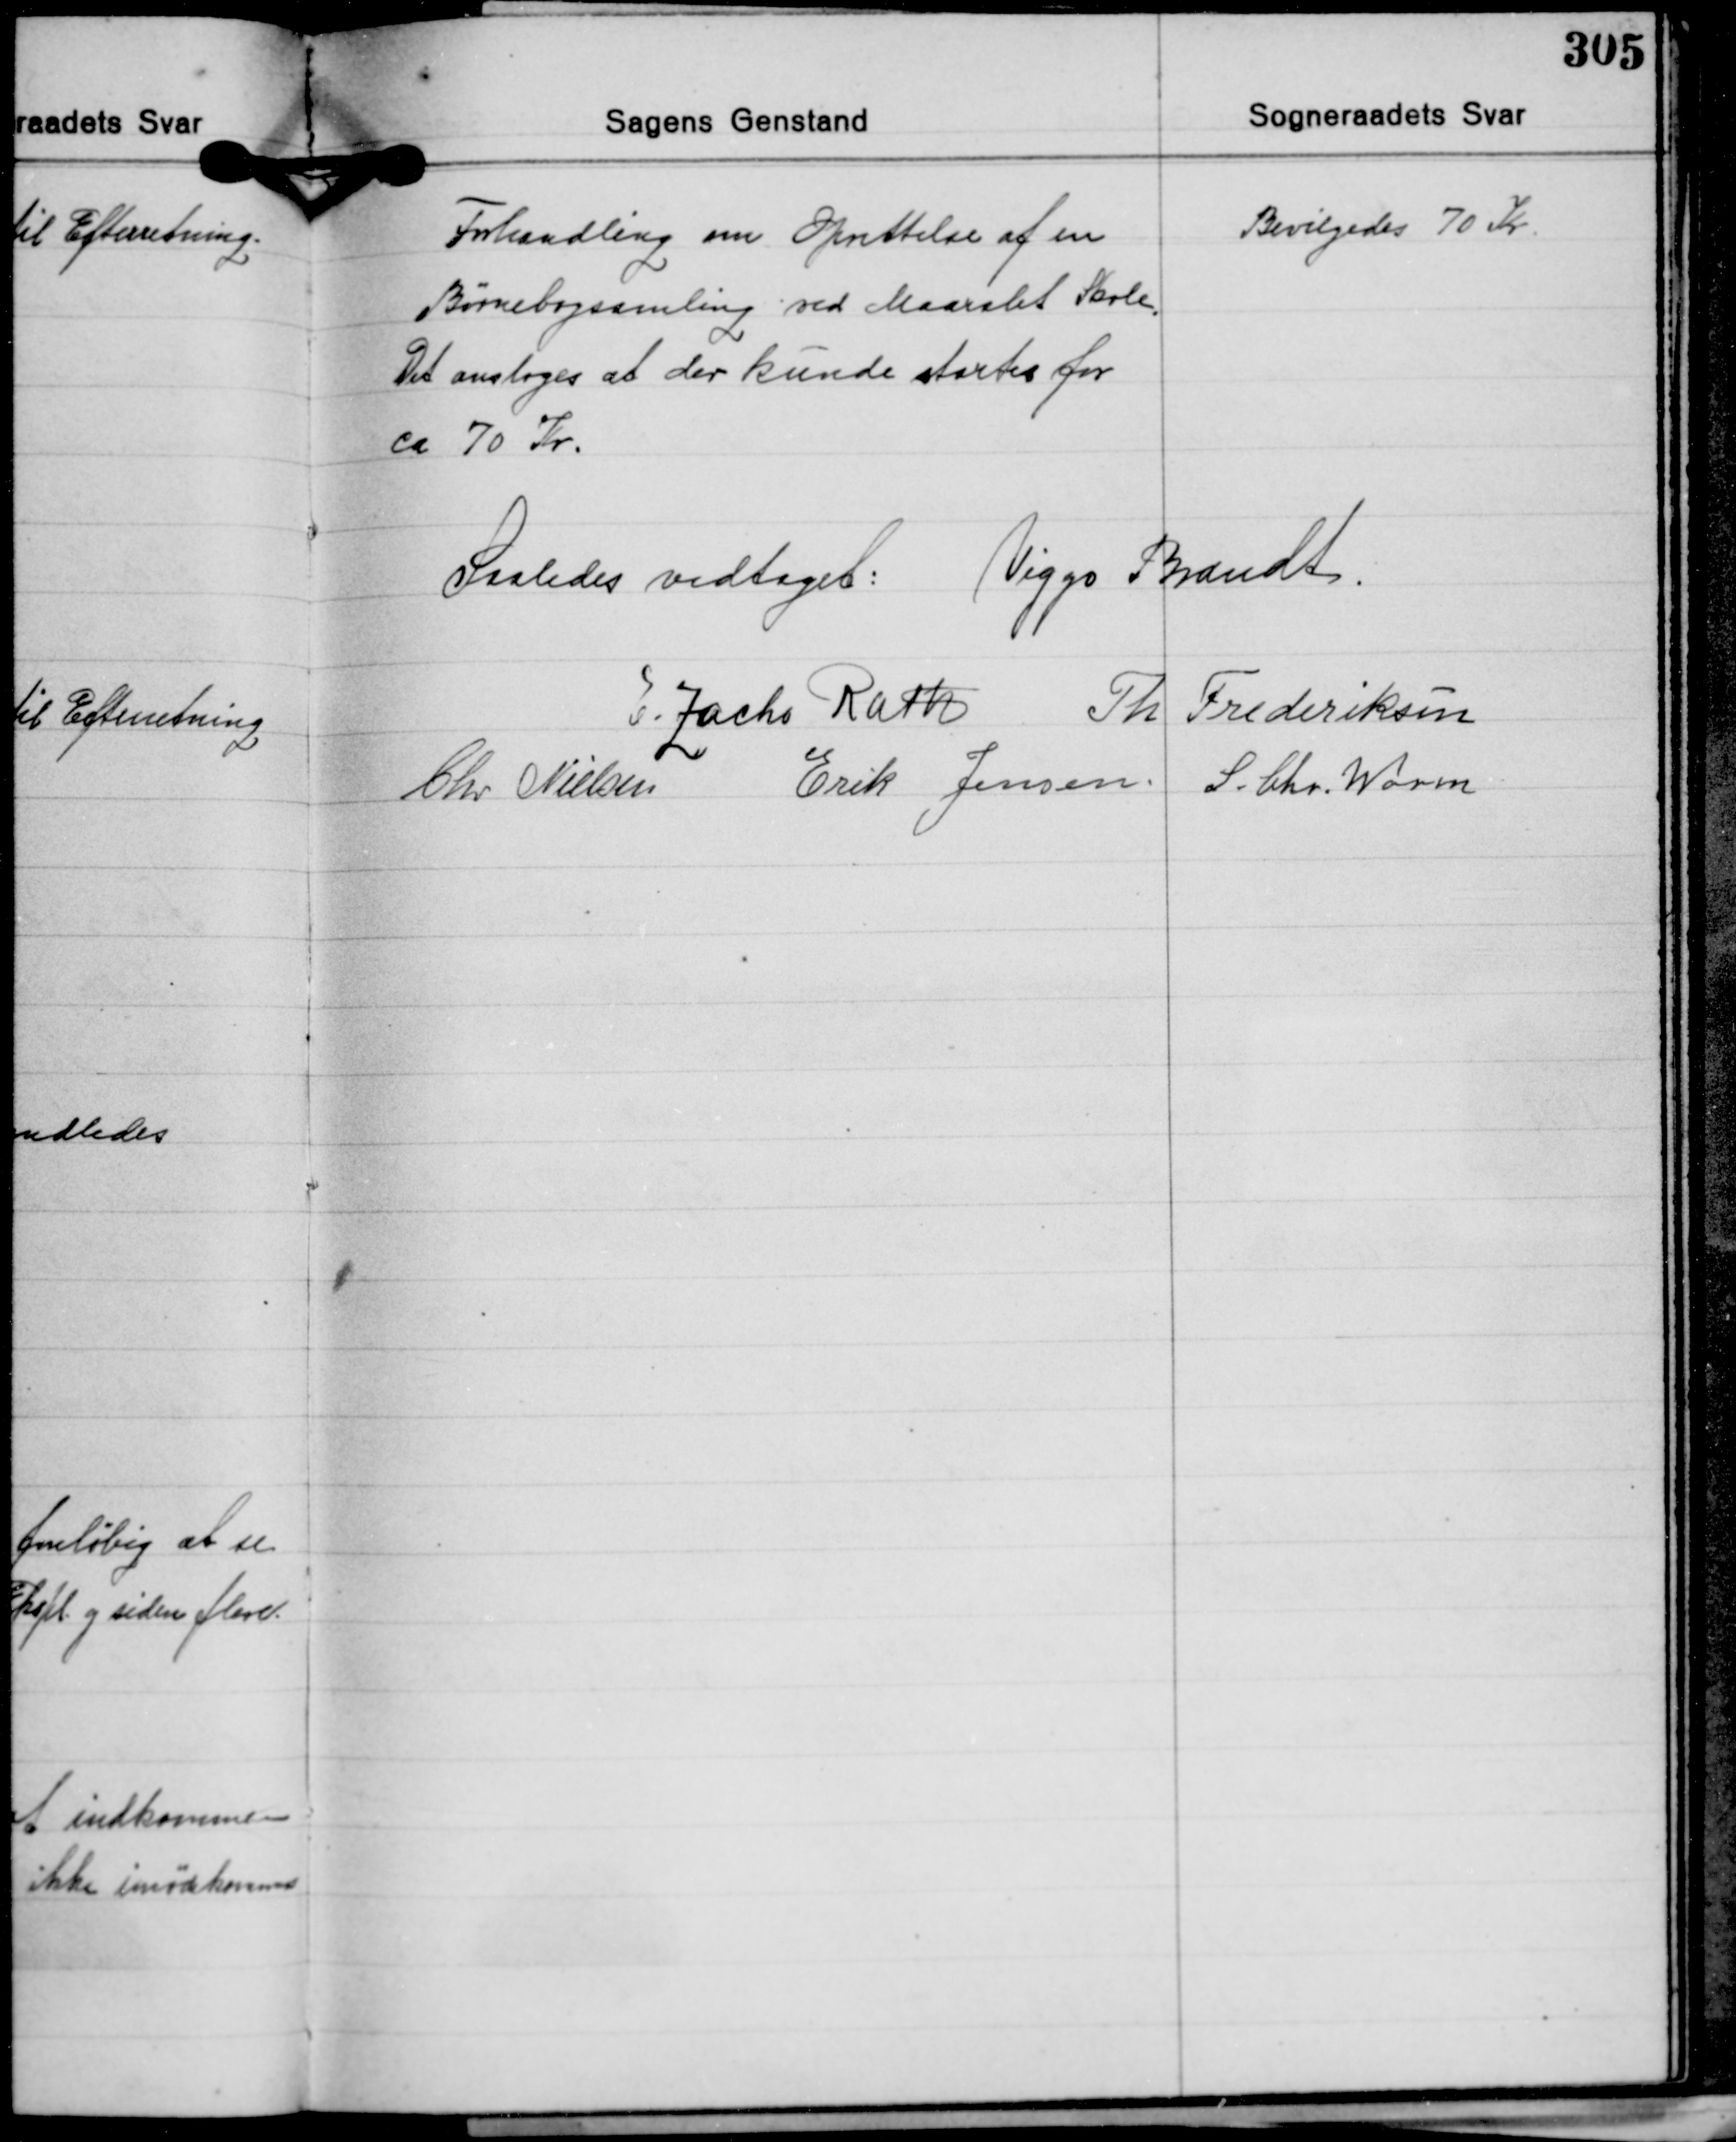
Transskription:
Forhandling om Oprettelse af en
Børnebogssamling ved Maarslet Skole.
Det ansloges at der kunde startes for
ca. 70 Kr.

Bevilgedes 70 Kr.

Saaledes vedtaget: Viggo Brandt
E. Zacho Rath
Th. Frederiksen
S. Chr. Worm
Erik Jensen
Chr. Nielsen